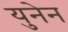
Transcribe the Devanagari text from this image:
युनेन